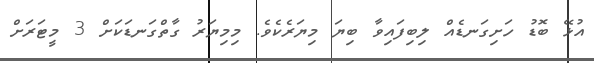
އުޅޭ ބޮޑު ހަށިގަނޑެއް ލިބިފައިވާ ބިޔަ މިޔަރެކެވެ. މިމިޔަރު ގާތްގަނޑަކަށް 3 މީޓަރަށް